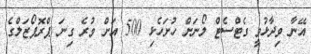
އޭނާ ވިދާޅުވީ ގެޓްސެޓް ލޯނަށް ހުށަހެޅި 500 އަށް ވުރެ ގިނަ ޕްރޮޕޯޒަލްގެ